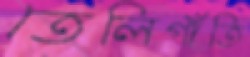
তেলিগাঁতি